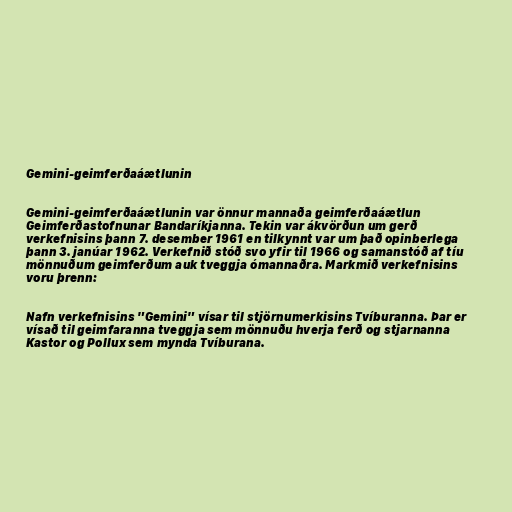
Gemini-geimferðaáætlunin

Gemini-geimferðaáætlunin var önnur mannaða geimferðaáætlun
Geimferðastofnunar Bandaríkjanna. Tekin var ákvörðun um gerð
verkefnisins þann 7. desember 1961 en tilkynnt var um það opinberlega
þann 3. janúar 1962. Verkefnið stóð svo yfir til 1966 og samanstóð af tíu
mönnuðum geimferðum auk tveggja ómannaðra. Markmið verkefnisins
voru þrenn:

Nafn verkefnisins "Gemini" vísar til stjörnumerkisins Tvíburanna. Þar er
vísað til geimfaranna tveggja sem mönnuðu hverja ferð og stjarnanna
Kastor og Pollux sem mynda Tvíburana.